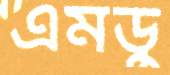
এমডু